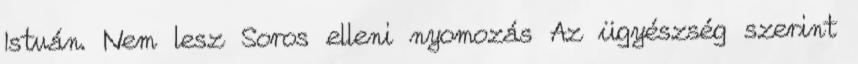
István. Nem lesz Soros elleni nyomozás Az ügyészség szerint